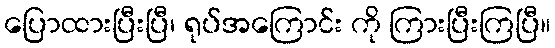
ပြောထားပြီးပြီ၊ ရုပ်အကြောင်း ကို ကြားပြီးကြပြီ။